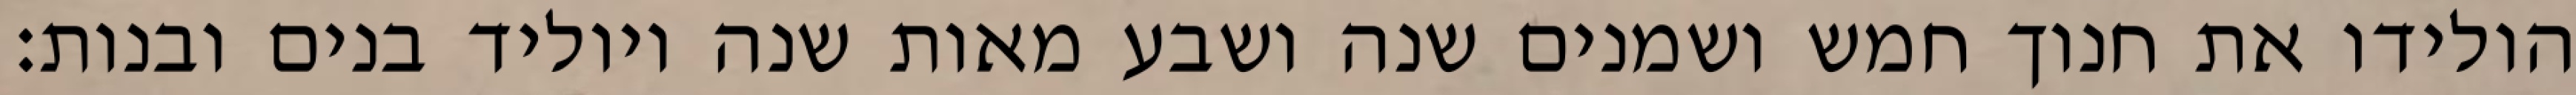
הולידו את חנוך חמש ושמנים שנה ושבע מאות שנה ויוליד בנים ובנות׃